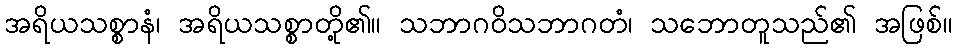
အရိယသစ္စာနံ၊ အရိယသစ္စာတို့၏။ သဘာဂဝိသဘာဂတံ၊ သဘောတူသည်၏ အဖြစ်။